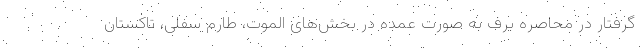
گرفتار در محاصره برف به صورت عمده در بخش‌های الموت، طارم سفلی، تاکستان